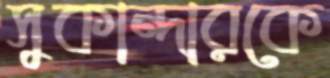
সুকান্দারকে